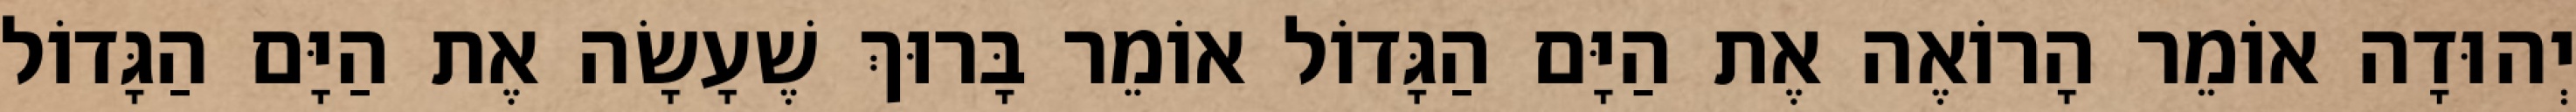
יְהוּדָה אוֹמֵר הָרוֹאֶה אֶת הַיָּם הַגָּדוֹל אוֹמֵר בָּרוּךְ שֶׁעָשָׂה אֶת הַיָּם הַגָּדוֹל